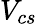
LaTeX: V_{cs}